Vaccination in the Punjab 1897-1904 - 1897-1904
Year: 1897
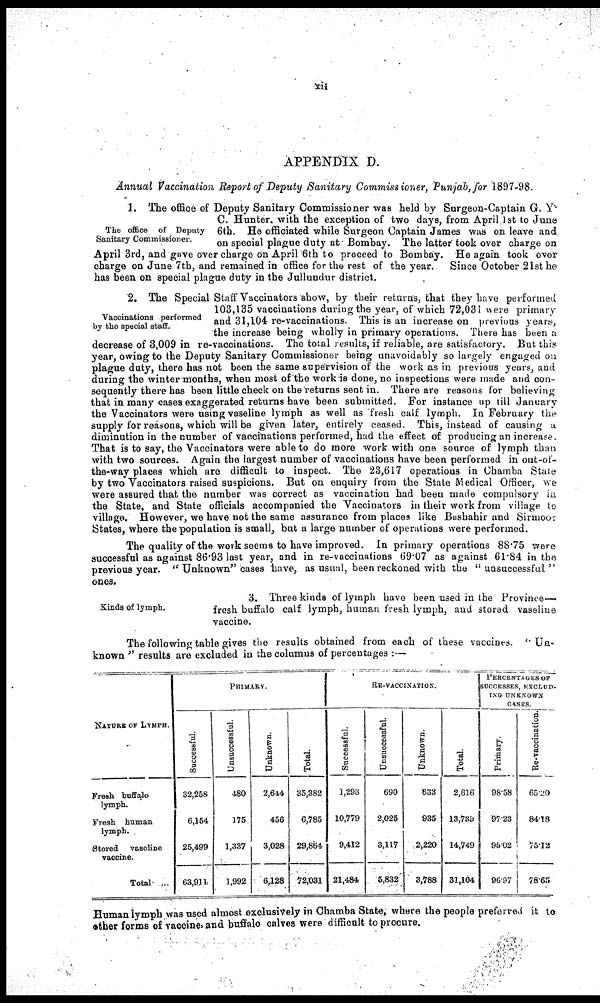
xii
APPENDIX D.
Annual Vaccination Report of Deputy Sanitary Commissioner, Punjab, for 1897-98.
The office of Deputy
Sanitary Commissioner.
1. The office of Deputy Sanitary Commissioner was held by Surgeon-Captain G. Y
C. Hunter, with the exception of two days, from April 1st to June
6th. He officiated while Surgeon Captain James was on leave and
on special plague duty at Bombay. The latter took over charge on
April 3rd, and gave over charge on April 6th to proceed to Bombay. He again took over
charge on June 7th, and remained in office for the rest of the year.
Since October 21st he
has been on special plague duty in the Jullundur district.
Vaccinations performed
by the special staff.
2. The Special Staff Vaccinators show, by their returns, that they have performed
103,135 vaccinations during the year, of which 72,031 were primary
and 31,104 re-vaccinations. This is an increase on previous years,
the increase being wholly in primary operations. There has been a
decrease of 3,009 in re-vaccinations. The total results, if reliable, are satisfactory. But this
year, owing to the Deputy Sanitary Commissioner being unavoidably so largely engaged on
plague duty, there has not been the same supervision of the work as in previous years, and
during the winter months, when most of the work is done, no inspections were made and con-
sequently there has been little check on the returns sent in. There are reasons for believing
that in many cases exaggerated returns have been submitted. For instance up till January
the Vaccinators were using vaseline lymph as well as fresh calf lymph. In February the
supply for reasons, which will be given later, entirely ceased. This, instead of causing a,
diminution in the number of vaccinations performed, had the effect of producing an increase.
That is to say, the Vaccinators were able to do more work with one source of lymph than
with two sources. Again the largest number of vaccinations have been performed in out-of-
the-way places which are difficult to inspect. The 23,617 operations in Chamba State
by two
raised suspicions. But on enquiry from the State Medical Officer, we
were assured that the number was correct as vaccination had been made compulsory in
the State, and State officials accompanied the Vaccinators in their work from village to
village. However, we have not the same assurance from places like Bashahir and Sirmoor
States, where the population is small, but a large number of operations were performed.
The quality of the work seems to have improved. In primary operations 88.75 were
successful as against 86.93 last year, and in re-vaccinations 69.07 as against 61.84 in the
previous year. " Unknown" cases have, as usual, been reckoned with the "unsuccessful"
ones.
Kinds of lymph.
3. Three kinds of lymph have been used in the Province—
fresh buffalo calf lymph, human fresh lymph, and stored vaseline
vaccine.
The following table gives the results obtained from each of these vaccines. '' Un-
known " results are excluded in the columns of percentages : —
NATURE OF LYMPH.
Fresh buffalo
lymph.
Fresh human
lymph.
Stored
vaseline
vaccine.
Total ...
PRIMARY.
Successful.
32,258
6,154
25,499
63,911
Unsuccessful.
480
175
1,337
1,992
Unknown.
2,644
456
3,028
6,128
Total.
35,382
6,785
29,864
72,031
RE-VACCINATION.
Successful.
1,293
10,779
9,412
21,484
Unsuccessful.
690
2,025
3,117
5,832
Unknown.
633
935
2,220
3,788
Total.
2,616
13,739
14,749
31,104
PERCENTAGES OF
SUCCESSES, EXCLUD¬
ING UNKNOWN
CASES.
Primary.
98.58
97.23
95.02
96.97
Re-vaccination.
65.20
84.18
75.12
78.65
Human lymph was used almost exclusively in Chamba State, where the people preferred it to
other forms of vaccine and buffalo calves were difficult to procure.